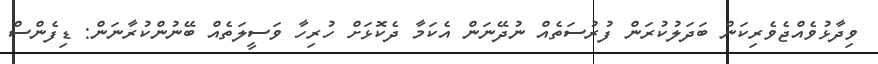
ވިދާޅުވެއްޖެވެރިކަން ބަދަލުކުރަން ފުރުސަތެއް ނުދޭނަން އެކަމާ ދެކޮޅަށް ހުރިހާ ވަސީލަތެއް ބޭނުންކުރާނަން: ޑިފެންސް